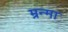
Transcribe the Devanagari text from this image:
म्रन्मा